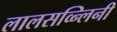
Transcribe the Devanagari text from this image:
लालसव्न्लिनी